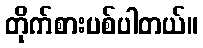
တိုက်စားပစ်ပါတယ်။